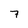
Character: 7